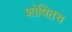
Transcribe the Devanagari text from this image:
शोषितच